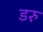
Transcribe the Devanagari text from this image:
डरु